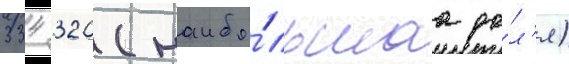
334 320 (наибо́льшаа до́л'я)